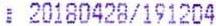
: 20180428/191204